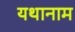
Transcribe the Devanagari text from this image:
यथानाम